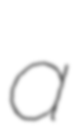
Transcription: a